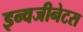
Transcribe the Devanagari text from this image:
इन्वजीनेटस